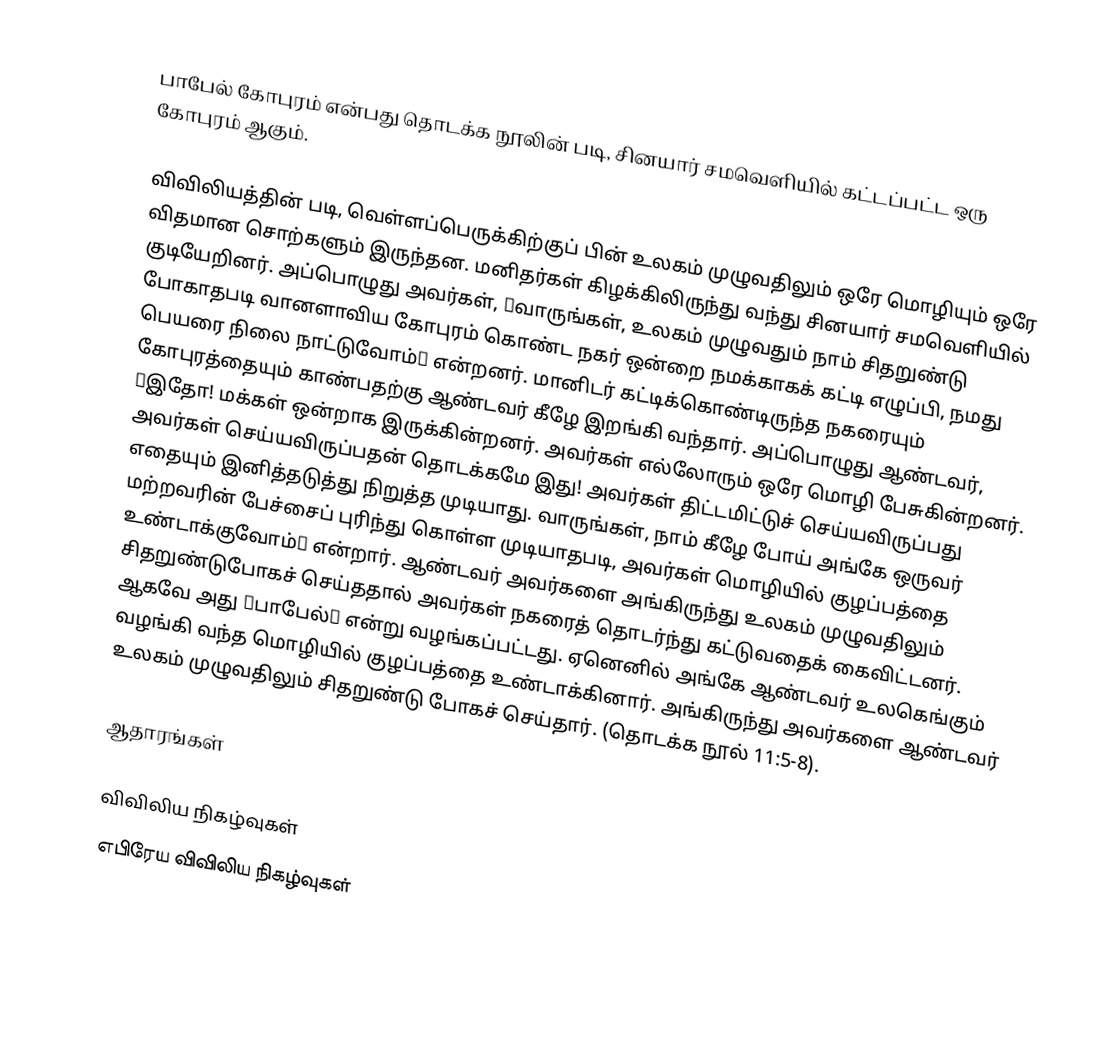
பாபேல் கோபுரம் என்பது தொடக்க நூலின் படி, சினயார் சமவெளியில் கட்டப்பட்ட ஒரு கோபுரம் ஆகும்.

விவிலியத்தின் படி, வெள்ளப்பெருக்கிற்குப் பின் உலகம் முழுவதிலும் ஒரே மொழியும் ஒரே விதமான சொற்களும் இருந்தன. மனிதர்கள் கிழக்கிலிருந்து வந்து சினயார் சமவெளியில் குடியேறினர். அப்பொழுது அவர்கள், ″வாருங்கள், உலகம் முழுவதும் நாம் சிதறுண்டு போகாதபடி வானளாவிய கோபுரம் கொண்ட நகர் ஒன்றை நமக்காகக் கட்டி எழுப்பி, நமது பெயரை நிலை நாட்டுவோம்″ என்றனர். மானிடர் கட்டிக்கொண்டிருந்த நகரையும் கோபுரத்தையும் காண்பதற்கு ஆண்டவர் கீழே இறங்கி வந்தார். அப்பொழுது ஆண்டவர், ″இதோ! மக்கள் ஒன்றாக இருக்கின்றனர். அவர்கள் எல்லோரும் ஒரே மொழி பேசுகின்றனர். அவர்கள் செய்யவிருப்பதன் தொடக்கமே இது! அவர்கள் திட்டமிட்டுச் செய்யவிருப்பது எதையும் இனித்தடுத்து நிறுத்த முடியாது. வாருங்கள், நாம் கீழே போய் அங்கே ஒருவர் மற்றவரின் பேச்சைப் புரிந்து கொள்ள முடியாதபடி, அவர்கள் மொழியில் குழப்பத்தை உண்டாக்குவோம்″ என்றார். ஆண்டவர் அவர்களை அங்கிருந்து உலகம் முழுவதிலும் சிதறுண்டுபோகச் செய்ததால் அவர்கள் நகரைத் தொடர்ந்து கட்டுவதைக் கைவிட்டனர். ஆகவே அது ″பாபேல்″ என்று வழங்கப்பட்டது. ஏனெனில் அங்கே ஆண்டவர் உலகெங்கும் வழங்கி வந்த மொழியில் குழப்பத்தை உண்டாக்கினார். அங்கிருந்து அவர்களை ஆண்டவர் உலகம் முழுவதிலும் சிதறுண்டு போகச் செய்தார். (தொடக்க நூல் 11:5-8).

ஆதாரங்கள்

விவிலிய நிகழ்வுகள்
எபிரேய விவிலிய நிகழ்வுகள்